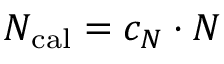
N _ { \mathrm { c a l } } = c _ { N } \cdot N